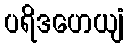
ပရိဒဟေယျံ